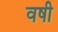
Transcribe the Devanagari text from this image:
वषी